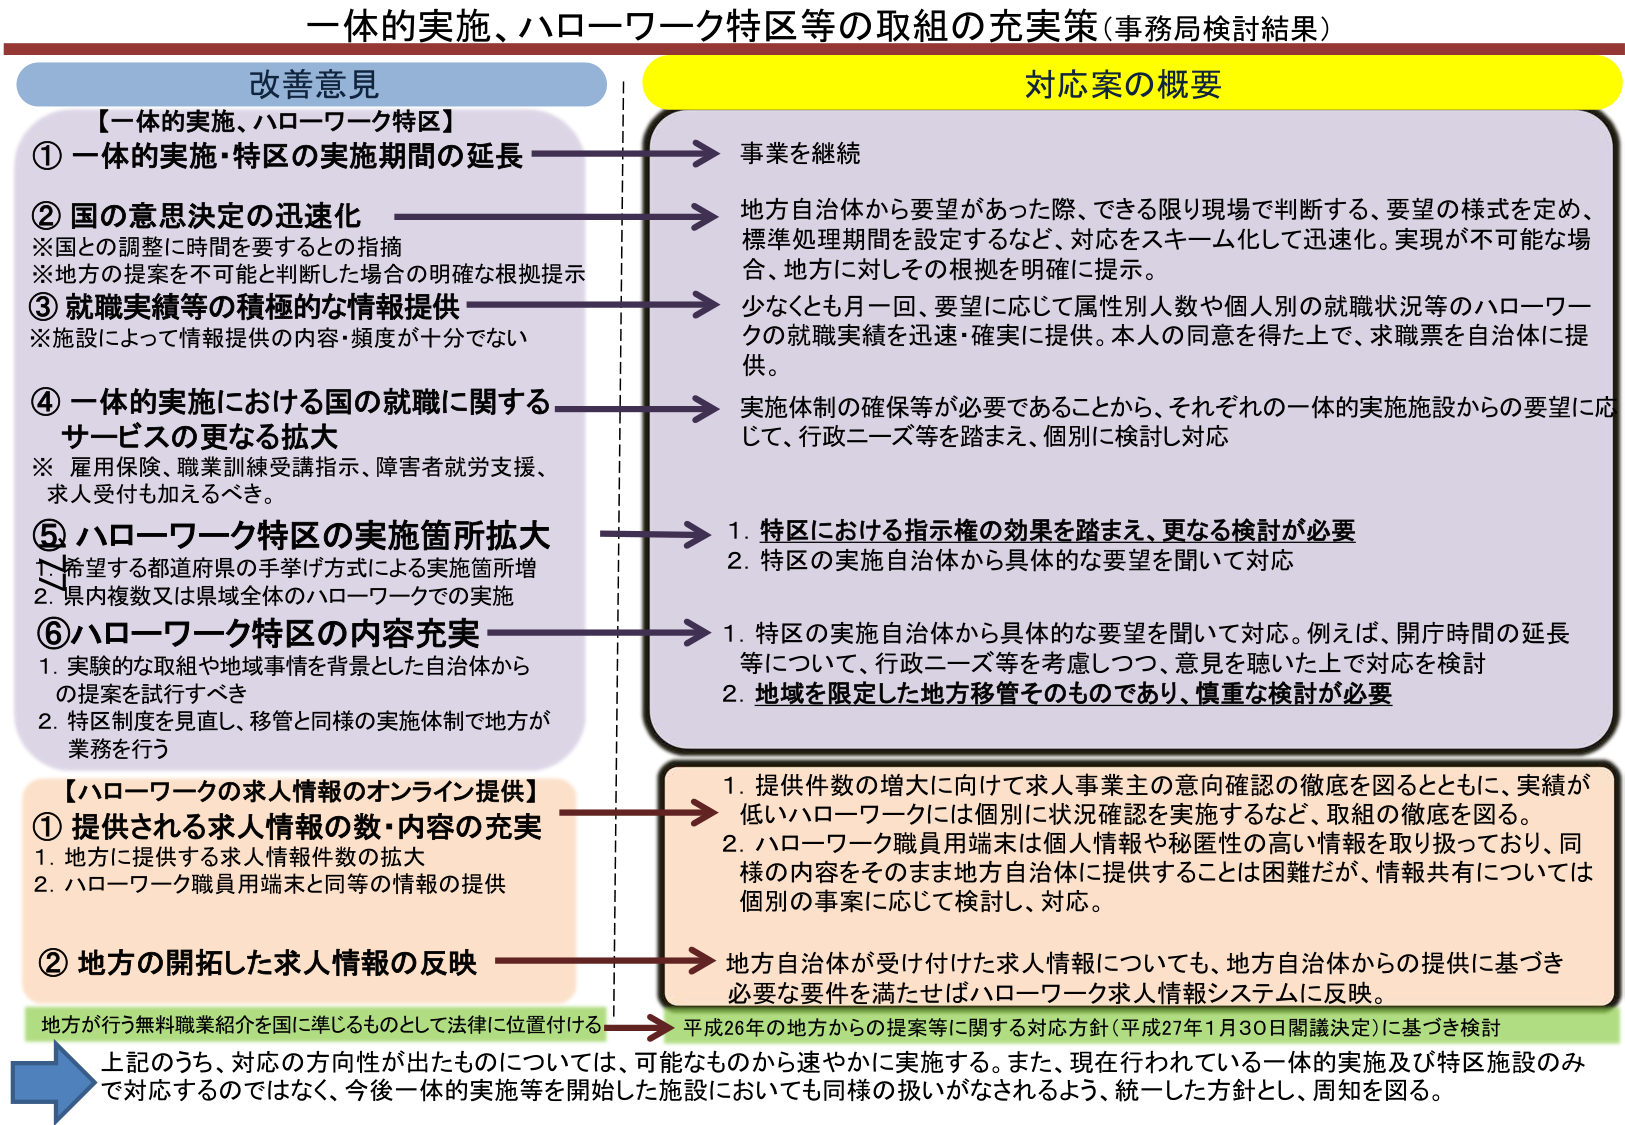
一体的実施、ハローワーク特区等の取組の充実策（事務局検討結果）

改善意見

【一体的実施、ハローワーク特区】
① 一体的実施・特区の実施期間の延長
② 国の意思決定の迅速化
※国との調整に時間を要するとの指摘
※地方の提案を不可能と判断した場合の明確な根拠提示
③ 就職実績等の積極的な情報提供
※施設によって情報提供の内容・頻度が十分でない
④ 一体的実施における国の就職に関するサービスの更なる拡大
※ 雇用保険、職業訓練受講指示、障害者就労支援、求人受付も加えるべき。
⑤ ハローワーク特区の実施箇所拡大
1. 希望する都道府県の手挙げ方式による実施箇所増
2. 県内複数又は県域全体のハローワークでの実施
⑥ ハローワーク特区の内容充実
1. 実験的な取組や地域事情を背景とした自治体からの提案を試行すべき
2. 特区制度を見直し、移管と同様の実施体制で地方が業務を行う

【ハローワークの求人情報のオンライン提供】
① 提供される求人情報の数・内容の充実
1. 地方に提供する求人情報件数の拡大
2. ハローワーク職員用端末と同等の情報の提供
② 地方の開拓した求人情報の反映

地方が行う無料職業紹介を国に準じるものとして法律に位置付ける

対応案の概要

事業を継続

地方自治体から要望があった際、できる限り現場で判断する、要望の様式を定め、標準処理期間を設定するなど、対応をスキーム化して迅速化。実現が不可能な場合、地方に対しその根拠を明確に提示。

少なくとも月一回、要望に応じて属性別人数や個人別の就職状況等のハローワークの就職実績を迅速・確実に提供。本人の同意を得た上で、求職票を自治体に提供。

実施体制の確保等が必要であることから、それぞれの一体的実施施設からの要望に応じて、行政ニーズ等を踏まえ、個別に検討対応

1. 特区における指示権の効果を踏まえ、更なる検討が必要
2. 特区の実施自治体から具体的な要望を聞いて対応

1. 特区の実施自治体から具体的な要望を聞いて対応。例えば、開庁時間の延長等について、行政ニーズ等を考慮しつつ、意見を聴いた上で対応を検討
2. 地域を限定した地方移管そのものであり、慎重な検討が必要

1. 提供件数の増大に向けて求人事業主の意向確認の徹底を図るとともに、実績が低いハローワークには個別に状況確認を実施するなど、取組の徹底を図る。
2. ハローワーク職員用端末は個人情報や秘匿性の高い情報を取り扱っており、同様の内容をそのまま地方自治体に提供することは困難だが、情報共有については個別の事案に応じて検討し、対応。

地方自治体が受け付けた求人情報についても、地方自治体からの提供に基づき必要な要件を満たせばハローワーク求人情報システムに反映。

平成26年の地方からの提案等に関する対応方針（平成27年1月30日閣議決定）に基づき検討

上記のうち、対応の方向性が出たものについては、可能なものから速やかに実施する。また、現在行われている一体的実施及び特区施設のみで対応するのではなく、今後一体的実施等を開始した施設においても同様の扱いがなされるよう、統一した方針とし、周知を図る。